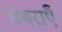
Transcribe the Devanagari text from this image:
घबराएँ